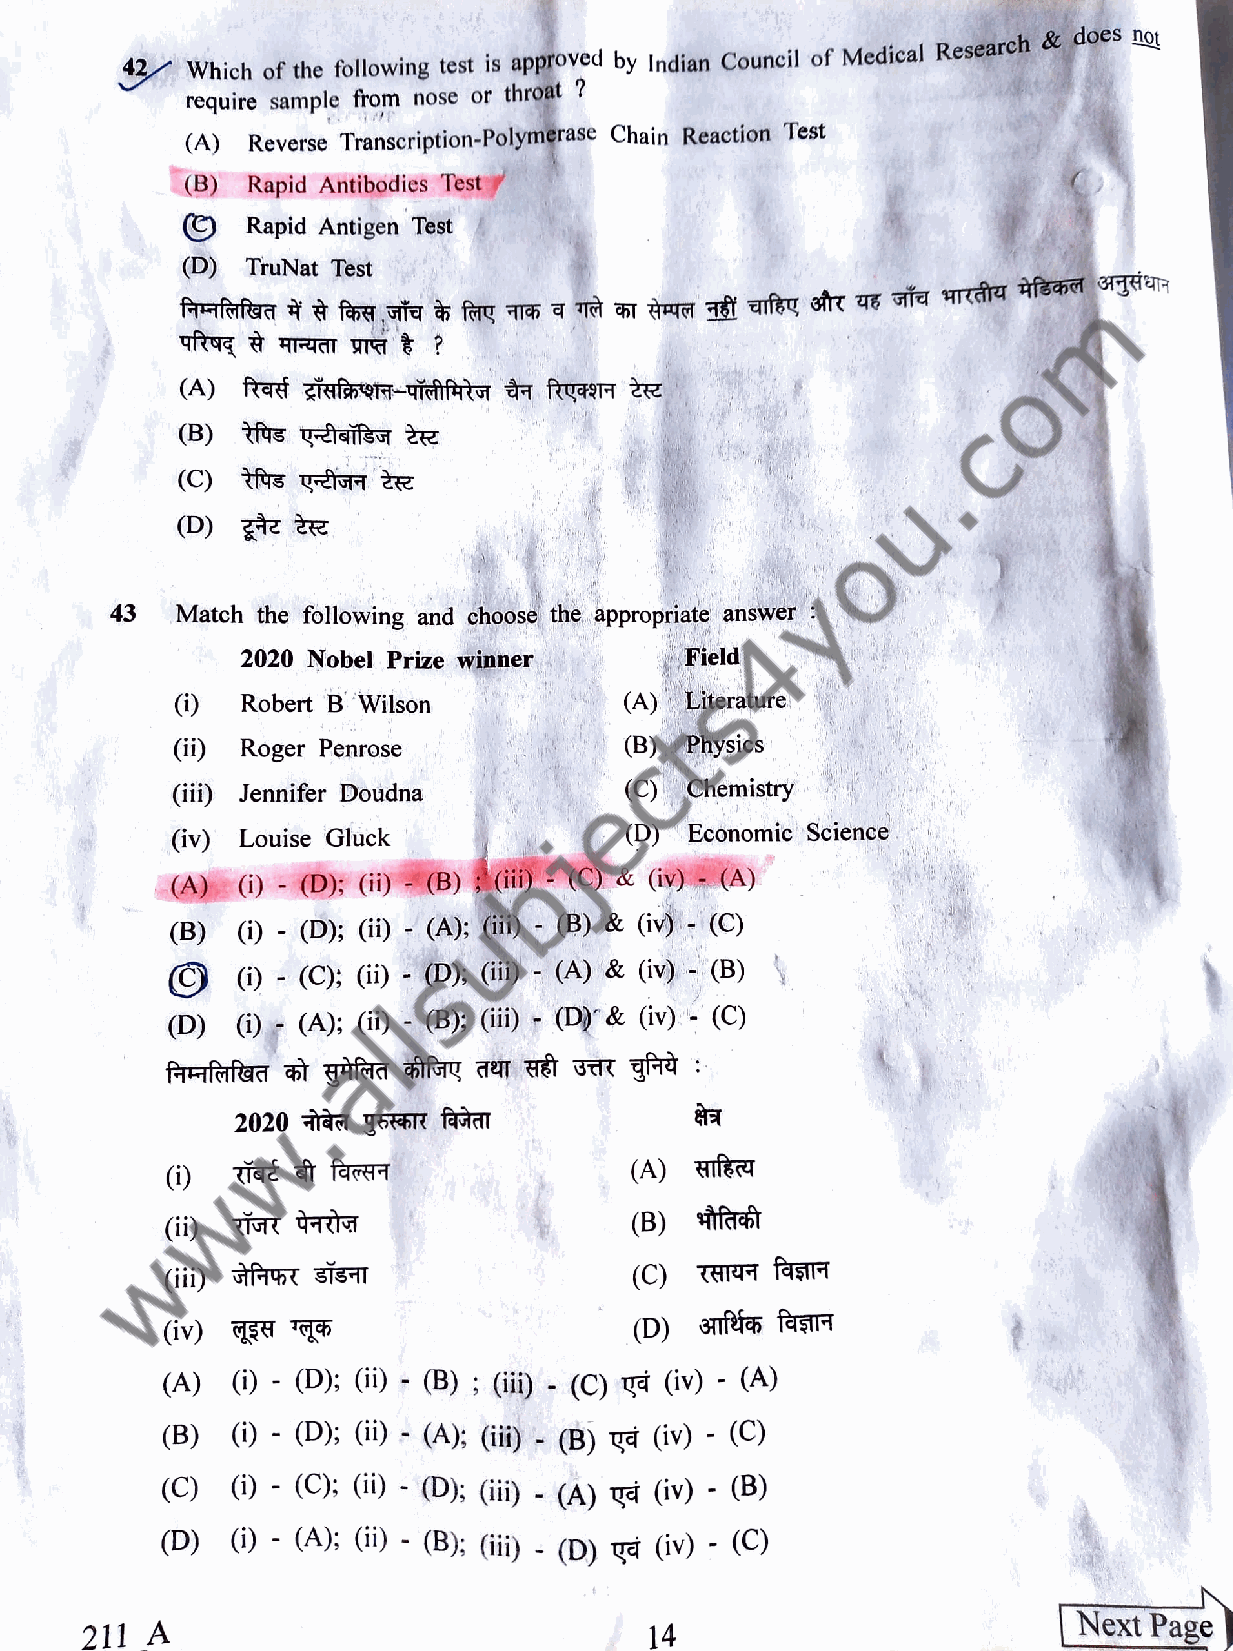
does not
 2   Which of the following test is approved by Indian Council of Medical Research
 throat ?
 require sample from nose or
 (A) Reverse Transcription-Polymerase Chain Reaction Test
 (B) Rapid Antibodies Test
 Rapid Antigen Test
 (D) TruNat Test
 fearc
 (A) frat ziefav-Thftt d fuaeT
 (C)fs         2R
 (D)    &z
 43   Match the following and choose the appropriate answer
 2020 Nobel Prize winner      Field
 Robert B Wilson          (A) Literature
 (i)  Roger Penrose            (B) Physics
 (iii) Jennifer Doudna         (C) Chemistry
 (iv) Louise Gluck             (D)  Economic Science
 (A)  () D;   (ii) -(B) i)  (C) & (iv) -(A)
 (B)  )   (D); (i) (A); (i) (B) & (iv) - (C)
 (i) - (C); (ii) (D); (ii) (A) & (iv) (B)
 (D)     (A); (i) - (B); (ii) - (D)& (iv) -(C)
 2020 raA TEKETR faT
 (A) Hia
 (ii)                           (B)
 (iii) tt7 sÍST                 (C) T41  fasT
 (D) ea   fe_
 (iv)
 (A) )  (D); G)  - (B); (ii) - (C) (iv) - (A)
 (B) )   (D); (Gi) - (A); (it) (B) v (iv) - (C)
 (C) i) - (C); (1i) - (D); (ii) -(A) Ya (iv) -()
 (D) )  (A); (i) - (B); (ii) (D) ya (iv) - (
 -
 Next  Page
 211 A                                 14